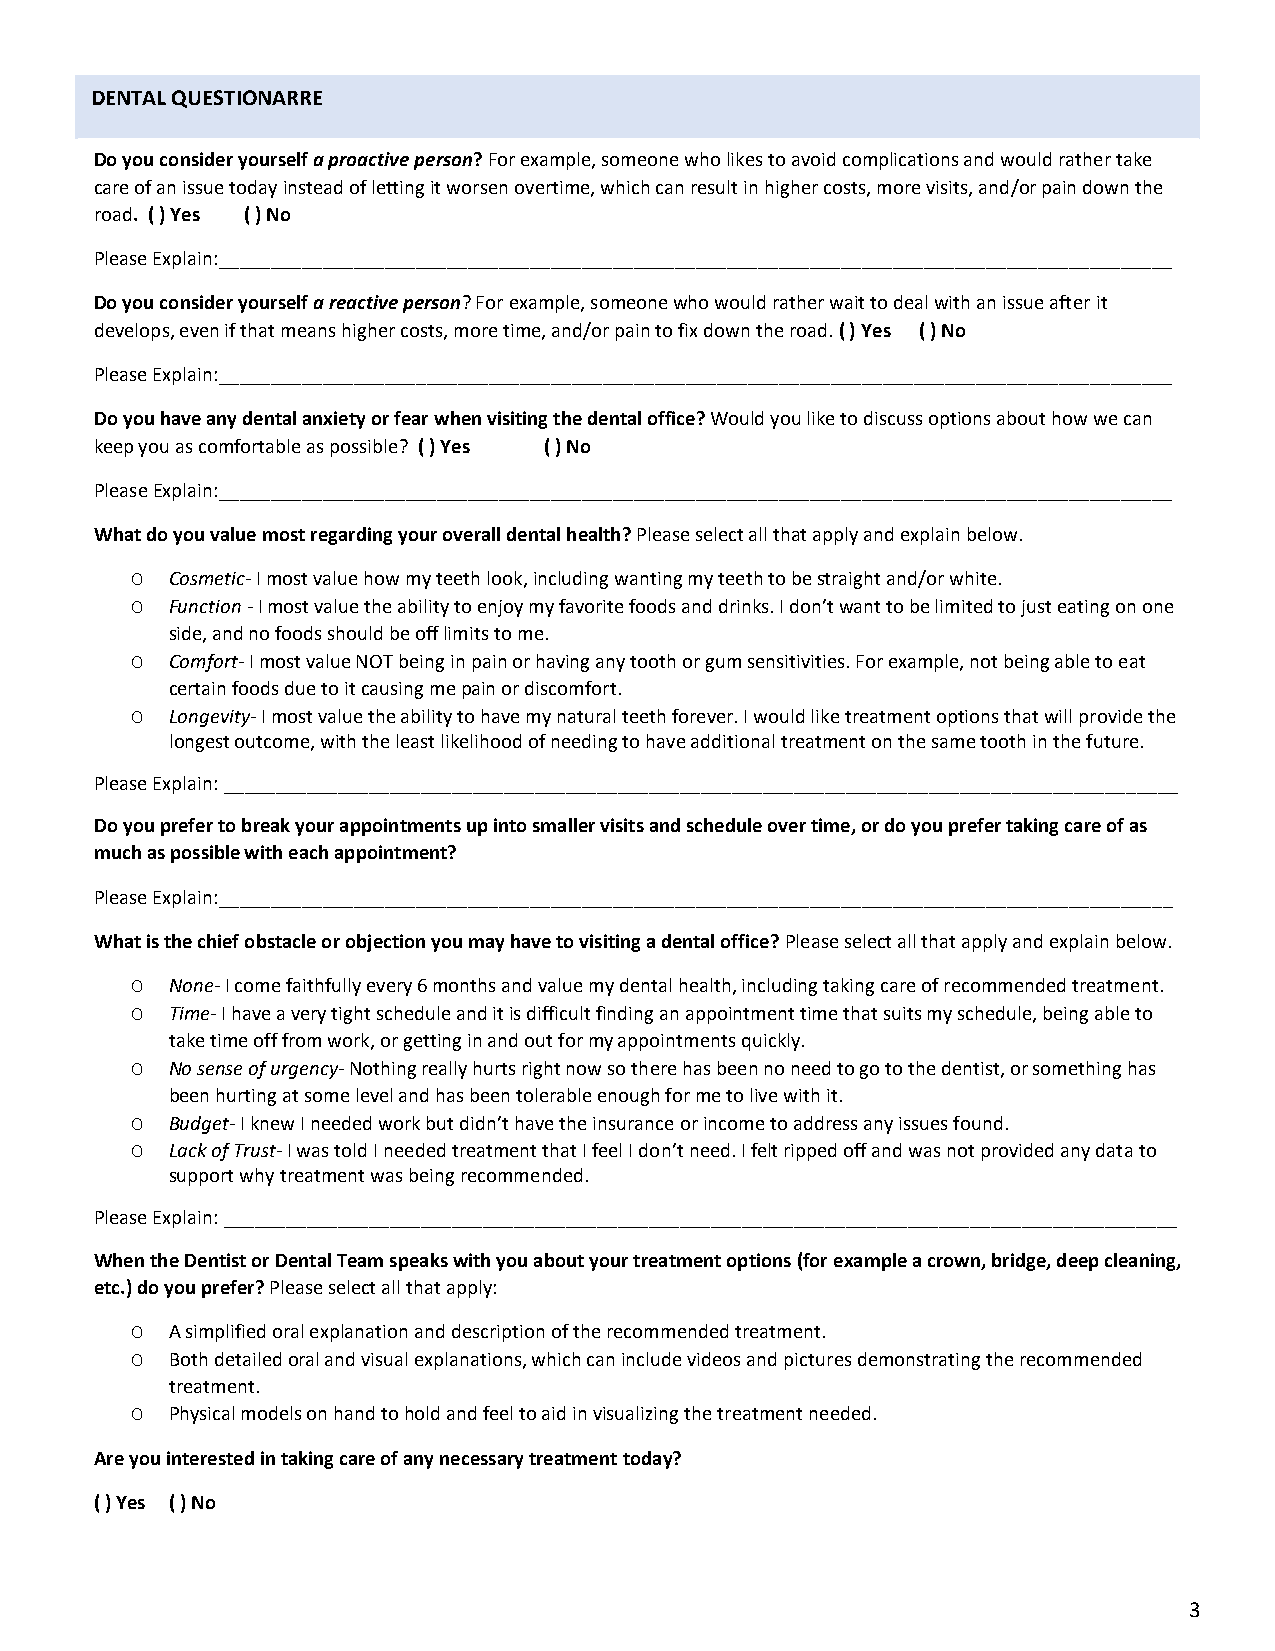
DENTAL QUESTIONARRE
 Do you consider yourself a proactive person? For example, someone who likes to avoid complications and would rather take
 care of an issue today instead of letting it worsen overtime, which can result in higher costs, more visits, and/or pain down the
 road. ( ) Yes ( ) No
 Please Explain:____________________________________________________________________________________________
 Do you consider yourself a reactive person? For example, someone who would rather wait to deal with an issue after it
 develops, even if that means higher costs, more time, and/or pain to fix down the road. ( ) Yes ( ) No
 Please Explain:____________________________________________________________________________________________
 Do you have any dental anxiety or fear when visiting the dental office? Would you like to discuss options about how we can
 keep you as comfortable as possible? ( ) Yes ( ) No
 Please Explain:____________________________________________________________________________________________
 What do you value most regarding your overall dental health? Please select all that apply and explain below.
 Օ Cosmetic- I most value how my teeth look, including wanting my teeth to be straight and/or white.
 Օ Function - I most value the ability to enjoy my favorite foods and drinks. I don’t want to be limited to just eating on one
 side, and no foods should be off limits to me.
 Օ Comfort- I most value NOT being in pain or having any tooth or gum sensitivities. For example, not being able to eat
 certain foods due to it causing me pain or discomfort.
 Օ Longevity- I most value the ability to have my natural teeth forever. I would like treatment options that will provide the
 longest outcome, with the least likelihood of needing to have additional treatment on the same tooth in the future.
 Please Explain: ____________________________________________________________________________________________
 Do you prefer to break your appointments up into smaller visits and schedule over time, or do you prefer taking care of as
 much as possible with each appointment?
 Please Explain:____________________________________________________________________________________________
 What is the chief obstacle or objection you may have to visiting a dental office? Please select all that apply and explain below.
 Օ None- I come faithfully every 6 months and value my dental health, including taking care of recommended treatment.
 Օ Time- I have a very tight schedule and it is difficult finding an appointment time that suits my schedule, being able to
 take time off from work, or getting in and out for my appointments quickly.
 Օ No sense of urgency- Nothing really hurts right now so there has been no need to go to the dentist, or something has
 been hurting at some level and has been tolerable enough for me to live with it.
 Օ Budget- I knew I needed work but didn’t have the insurance or income to address any issues found.
 Օ Lack of Trust- I was told I needed treatment that I feel I don’t need. I felt ripped off and was not provided any data to
 support why treatment was being recommended.
 Please Explain: ____________________________________________________________________________________________
 When the Dentist or Dental Team speaks with you about your treatment options (for example a crown, bridge, deep cleaning,
 etc.) do you prefer? Please select all that apply:
 Օ A simplified oral explanation and description of the recommended treatment.
 Օ Both detailed oral and visual explanations, which can include videos and pictures demonstrating the recommended
 treatment.
 Օ Physical models on hand to hold and feel to aid in visualizing the treatment needed.
 Are you interested in taking care of any necessary treatment today?
 ( ) Yes ( ) No
 3